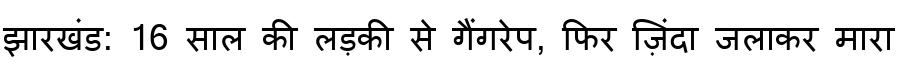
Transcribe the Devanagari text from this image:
झारखंड: 16 साल की लड़की से गैंगरेप, फिर ज़िंदा जलाकर मारा